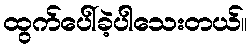
ထွက်ပေါ်ခဲ့ပါသေးတယ်။